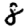
Digit: 8